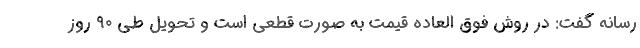
رسانه گفت: در روش فوق العاده قیمت به صورت قطعی است و تحویل طی ۹۰ روز